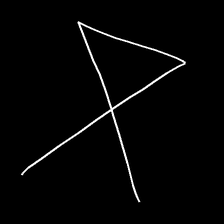
Glyph: collection